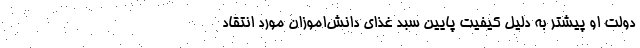
دولت او پیشتر به دلیل کیفیت پایین سبد غذای دانش‌اموزان مورد انتقاد